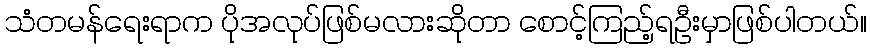
သံတမန်ရေးရာက ပိုအလုပ်ဖြစ်မလားဆိုတာ စောင့်ကြည့်ရဦးမှာဖြစ်ပါတယ်။